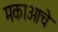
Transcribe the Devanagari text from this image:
मकाओचे